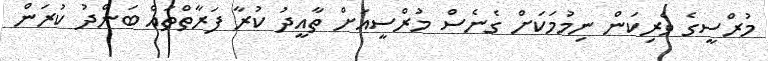
މުރްސީގެ ވެރިކަން ނިމުމަކަށް ގެނެސް މުރްސީއަށް ތާއީދު ކުރާ ފަރާތްތައް ބަންދު ކުރަން